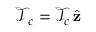
\boldsymbol { { \mathcal T } } \! _ { c } = { \mathcal T } _ { c } \, \hat { \mathbf { z } }